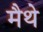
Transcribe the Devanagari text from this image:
मैथे